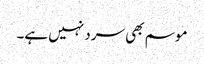
موسم بھی سرد نہیں ہے۔